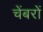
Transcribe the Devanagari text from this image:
चेंबरों